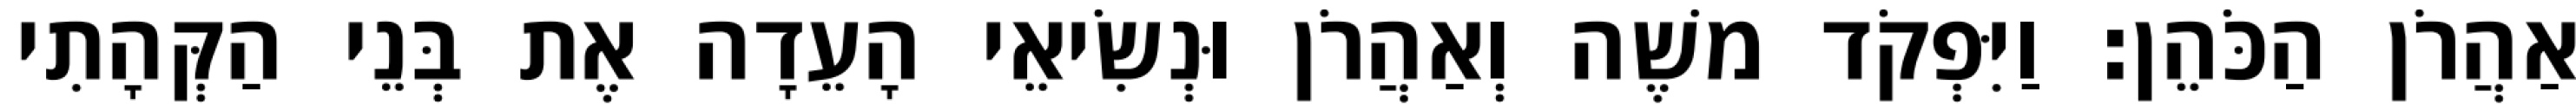
אַהֲרֹן הַכֹּהֵן׃ וַיִּפְקֹד משֶׁה וְאַהֲרֹן וּנְשִׂיאֵי הָעֵדָה אֶת בְּנֵי הַקְּהָתִי